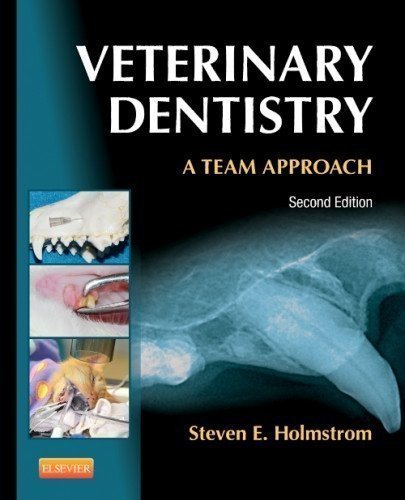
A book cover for Veterinary Dentistry: A Team Approach, 2e by Holmstrom DVM, Steven E. 2nd (second) Edition (7/5/2012); Medical Books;